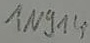
Text: 1N914